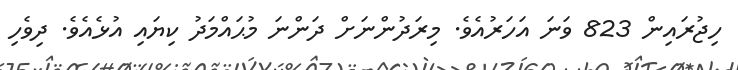
ހިޖުރައިން 823 ވަނަ އަހަރުއެވެ. މިރަދުންނަށް ދަންނަ މުޙައްމަދު ކިޔައި އުޅެއެވެ. ދިވެހި